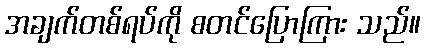
အချက်တစ်ရပ်ကို စတင်ပြောကြား သည်။